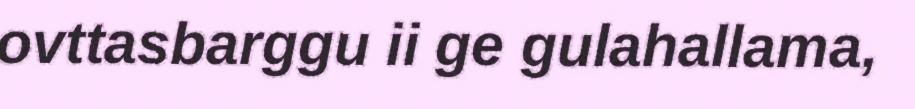
ovttasbarggu ii ge gulahallama,